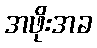
အဖိုးအခ